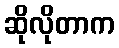
ဆိုလိုတာက